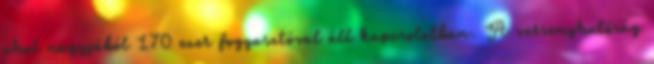
ahol nagyjából 170 ezer fogyasztóval áll kapcsolatban. A versenyhatóság